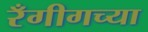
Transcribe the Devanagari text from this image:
रँगीगच्या